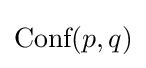
{\text{Conf}}(p,q)